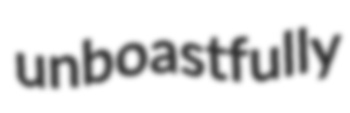
unboastfully